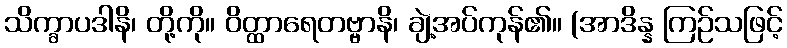
သိက္ခာပဒါနိ၊ တို့ကို။ ဝိတ္ထာရေတဗ္ဗာနိ၊ ချဲ့အပ်ကုန်၏။ (အာဒိန္န ကြဉ်သဖြင့်